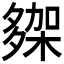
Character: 𭐾